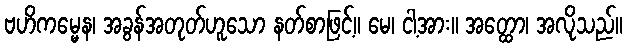
ဗဟိကမ္မေန၊ အခွန်အတုတ်ဟူသော နတ်စာဖြင့်။ မေ၊ ငါ့အား။ အတ္ထော၊ အလိုသည်။